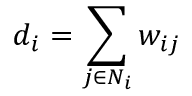
d _ { i } = \sum _ { j \in N _ { i } } w _ { i j }